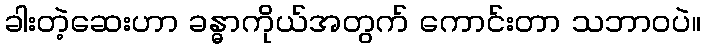
ခါးတဲ့ဆေးဟာ ခန္ဓာကိုယ်အတွက် ကောင်းတာ သဘာဝပဲ။